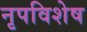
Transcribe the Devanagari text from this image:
नृपविशेष